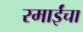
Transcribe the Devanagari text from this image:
रमाईंचा